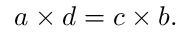
{ a \times d } = { c \times b } .